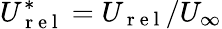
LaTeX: U_{\mathrm{~r~e~l~}}^{*}=U_{\mathrm{~r~e~l~}}/U_{\infty}